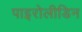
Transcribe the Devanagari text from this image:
पाइरोलीडिन